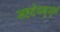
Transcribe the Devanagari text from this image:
सहदेयबुजुर्ग